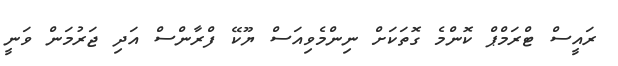
ރައީސް ޓްރަމްޕް ކޮންމެ ގޮތަކަށް ނިންމެވިއަސް ޔޫކޭ ފްރާންސް އަދި ޖަރުމަން ވަނީ